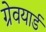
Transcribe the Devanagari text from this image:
ग्रेवयार्ड